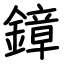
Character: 鏱